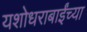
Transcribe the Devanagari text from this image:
यशोधराबाईंच्या